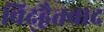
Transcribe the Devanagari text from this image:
चिद्द्वैतवाद